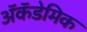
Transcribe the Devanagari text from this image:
ॲकॅडेमिक